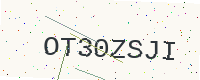
Text: OT30ZSJI